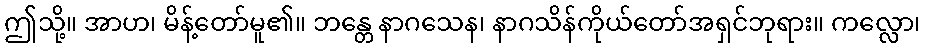
ဤသို့။ အာဟ၊ မိန့်တော်မူ၏။ ဘန္တေ နာဂသေန၊ နာဂသိန်ကိုယ်တော်အရှင်ဘုရား။ ကလ္လော၊